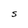
Character: S